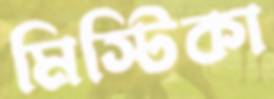
মিস্টিকা